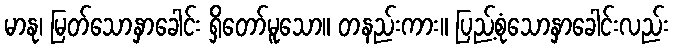
မာနု၊ မြတ်သောနှာခေါင်း ရှိတော်မူသော။ တနည်းကား။ ပြည့်စုံသောနှာခေါင်းလည်း